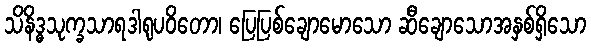
သိနိဒ္ဓသုက္ခသာရဒါရုပဝိတော၊ ပြေပြစ်ချောမောသော ဆီချောသောအနှစ်ရှိသော